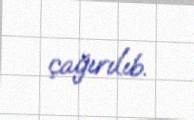
çağırılıb.